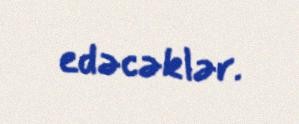
edəcəklər.